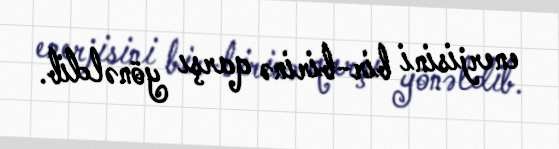
enerjisini bir-birinə qarşı yönəldib.